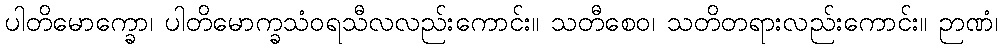
ပါတိမောက္ခော၊ ပါတိမောက္ခသံဝရသီလလည်းကောင်း။ သတီစေဝ၊ သတိတရားလည်းကောင်း။ ဉာဏံ၊